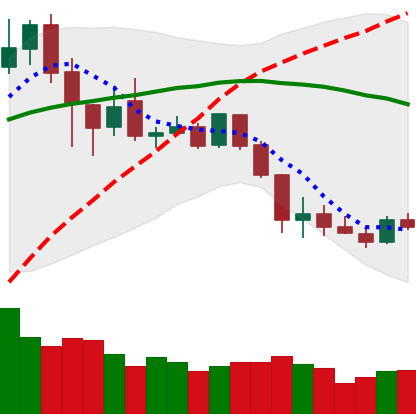
Ticker: XLM-USD
Chart end date: 2020-03-03
Forward return: -13.038%
Label: down_7plus